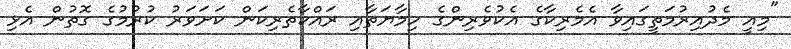
"މިއީ މެދުއިރުމަތީގައިވާ އެމެރިކާގެ އެކުވެރިންގެ ހިމާޔަތާއި ރައްކާތެރިކަން ކަށަވަރު ކުރުމުގެ ގޮތުން އެޅި